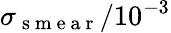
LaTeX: \sigma_{\mathrm{~s~m~e~a~r~}}/10^{-3}